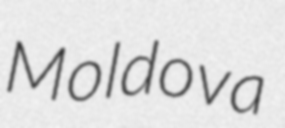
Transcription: Moldova